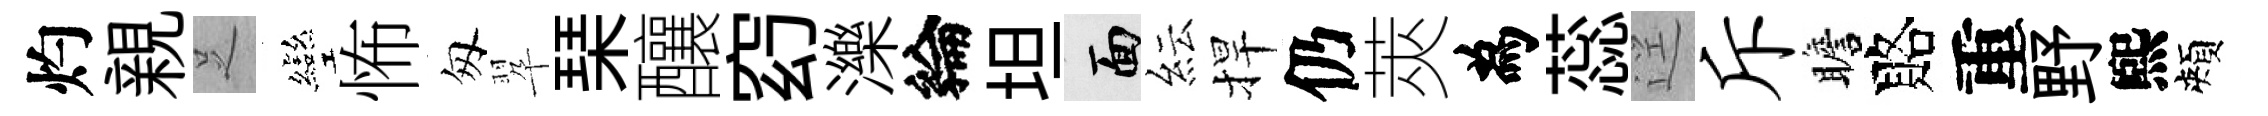
灼親𠯁彎怖匆翆琹釀𥥆濼綸坦面紜捍仍莢為蕊逕斥瞻賂重野煕頰